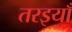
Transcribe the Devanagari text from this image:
तरइयाँ